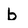
Character: b